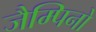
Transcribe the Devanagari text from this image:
जैम्पिनो